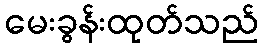
မေးခွန်းထုတ်သည်